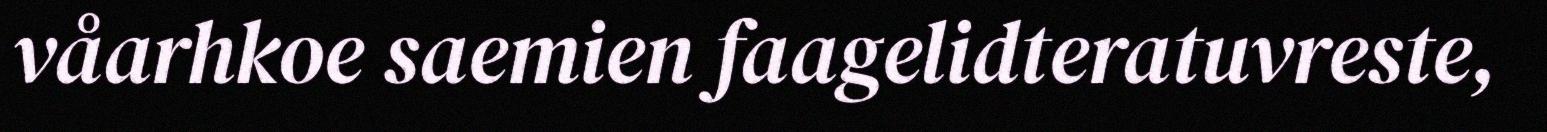
våarhkoe saemien faagelidteratuvreste,